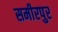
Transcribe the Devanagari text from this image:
समीरपुर